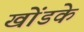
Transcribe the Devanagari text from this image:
खोंडके